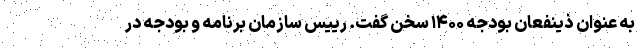
به عنوان ذینفعان بودجه ۱۴۰۰ سخن گفت. رییس سازمان برنامه و بودجه در